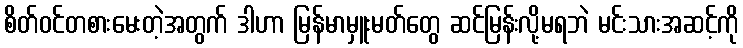
စိတ်ဝင်တစားမေးတဲ့အတွက် ဒါဟာ မြန်မာမှူးမတ်တွေ ဆင်မြန်းလို့မရဘဲ မင်းသားအဆင့်ကို